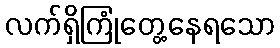
လက်ရှိကြုံတွေ့နေရသော